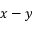
x - y